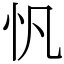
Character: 忛